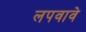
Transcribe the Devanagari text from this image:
लपवावे